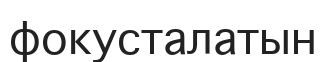
фокусталатын